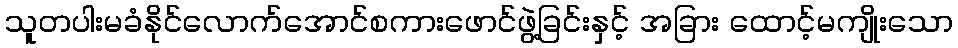
သူတပါးမခံနိုင်လောက်အောင်စကားဖောင်ဖွဲ့ခြင်းနှင့် အခြား ထောင့်မကျိုးသော